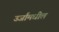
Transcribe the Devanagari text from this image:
उर्जांमधील